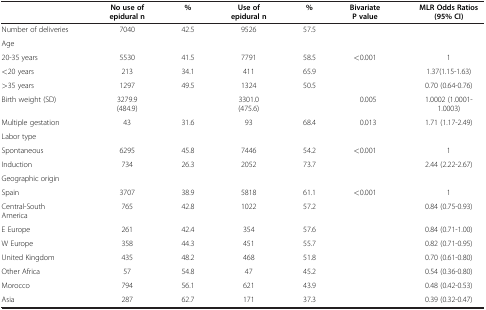
|  | No use of epidural n | % | Use of epidural n | % | Bivariate P value | MLR Odds Ratios (95% CI) |
 | --- | --- | --- | --- | --- | --- | --- |
 | Number of deliveries | 7040 | 42.5 | 9526 | 57.5 |  |  |
 | Age |  |  |  |  |  |  |
 | 20-35 years | 5530 | 41.5 | 7791 | 58.5 | <ROWSPAN=3> <0.001 | 1 |
 | <20 years | 213 | 34.1 | 411 | 65.9 | 1.37(1.15-1.63) |
 | >35 years | 1297 | 49.5 | 1324 | 50.5 | 0.70 (0.64-0.76) |
 | Birth weight (SD) | 3279.9 (484.9) |  | 3301.0 (475.6) |  | 0.005 | 1.0002 (1.0001-1.0003) |
 | Multiple gestation | 43 | 31.6 | 93 | 68.4 | 0.013 | 1.71 (1.17-2.49) |
 | Labor type |  |  |  |  |  |  |
 | Spontaneous | 6295 | 45.8 | 7446 | 54.2 | <0.001 | 1 |
 | Induction | 734 | 26.3 | 2052 | 73.7 |  | 2.44 (2.22-2.67) |
 | Geographic origin |  |  |  |  |  |  |
 | Spain | 3707 | 38.9 | 5818 | 61.1 | <0.001 | 1 |
 | Central-South America | 765 | 42.8 | 1022 | 57.2 |  | 0.84 (0.75-0.93) |
 | E Europe | 261 | 42.4 | 354 | 57.6 |  | 0.84 (0.71-1.00) |
 | W Europe | 358 | 44.3 | 451 | 55.7 |  | 0.82 (0.71-0.95) |
 | United Kingdom | 435 | 48.2 | 468 | 51.8 |  | 0.70 (0.61-0.80) |
 | Other Africa | 57 | 54.8 | 47 | 45.2 |  | 0.54 (0.36-0.80) |
 | Morocco | 794 | 56.1 | 621 | 43.9 |  | 0.48 (0.42-0.53) |
 | Asia | 287 | 62.7 | 171 | 37.3 |  | 0.39 (0.32-0.47) |